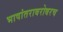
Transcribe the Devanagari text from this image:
भाषांतराबरोबरच